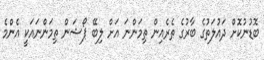
ބޮޑުނުކޮށް ދައުލަތުގެ ބާރުގެ ތެރެއިން ތިމަންނަ އަށް ލިބޭ ޕޯޝަން ތިމަންނައަކީ އެންމެ